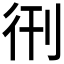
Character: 𫹑